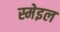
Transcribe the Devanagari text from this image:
स्मेइल